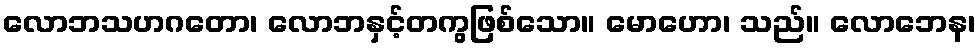
လောဘသဟဂတော၊ လောဘနှင့်တကွဖြစ်သော။ မောဟော၊ သည်။ လောဘေန၊